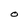
Character: O